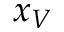
x _ { V }